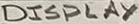
Text: DISPLAY